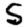
Digit: 5